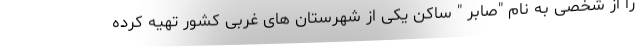
را از شخصی به نام "صابر " ساکن یکی از شهرستان های غربی کشور تهیه کرده